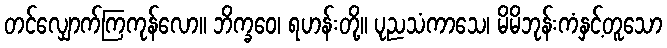
တင်လျှောက်ကြကုန်လော။ ဘိက္ခဝေ၊ ရဟန်းတို့။ ပုညသံကာသေ၊ မိမိဘုန်းကံနှင့်တူသော